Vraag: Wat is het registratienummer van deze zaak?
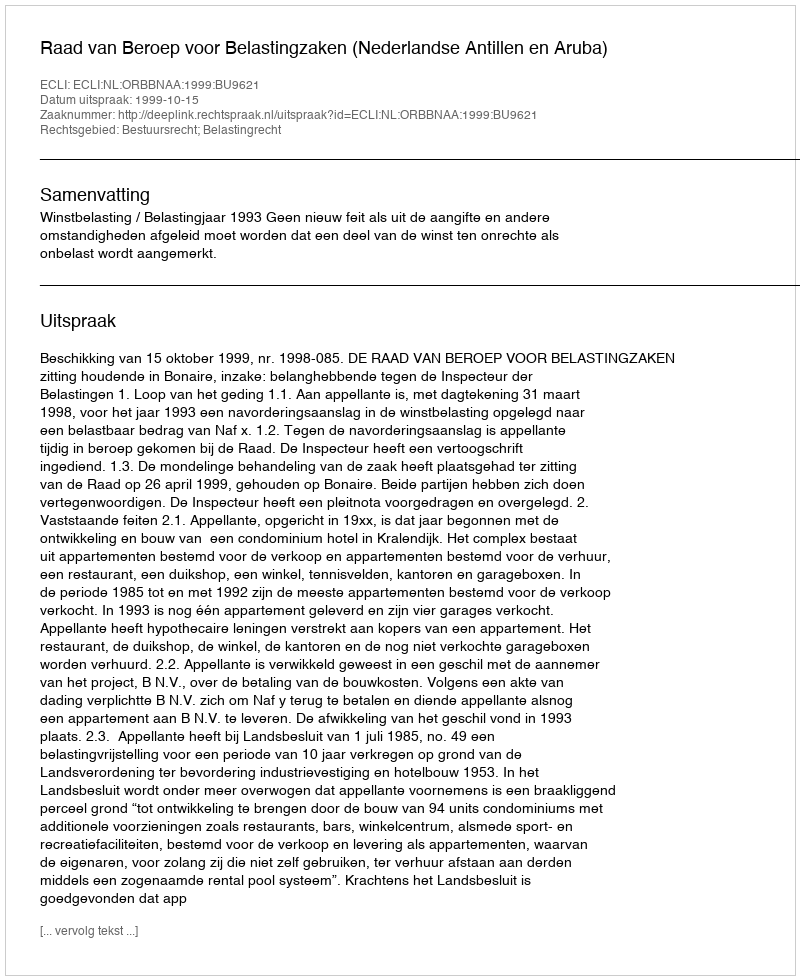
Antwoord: http://deeplink.rechtspraak.nl/uitspraak?id=ECLI:NL:ORBBNAA:1999:BU9621